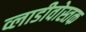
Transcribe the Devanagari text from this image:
व्लाडीवोस्तक